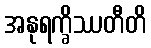
အနုရက္ခိဿတီတိ